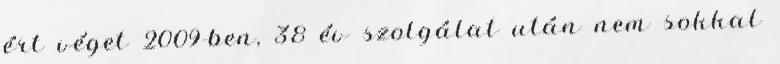
ért véget 2009-ben, 38 év szolgálat után nem sokkal